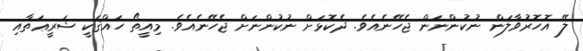
ލޭ އޮހޮރުވާލަން ނުކުންނަން ޖެހޭނެއެވެ. ދެކޮޅަށް ނުކުންނަށް ޖެހޭނެއެވެ. މިއީތޯ ހައްޤަކީ ޝަރީޢަތާއި